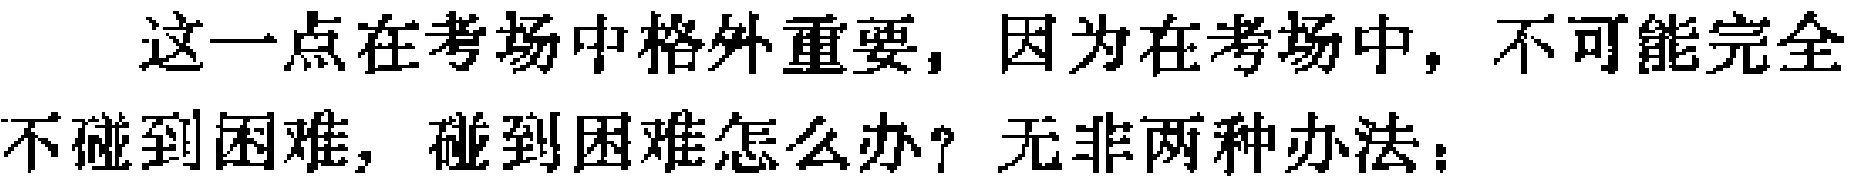
这一点在考场中格外重要，因为在考场中，不可能完全不碰到困难，碰到困难怎么办？无非两种办法：